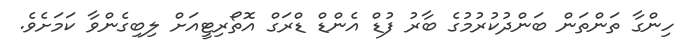
ހިންގާ ތަންތަން ބަންދުކުރުމުގެ ބާރު ފުޑް އެންޑް ޑްރަގް އޮތޯރިޓީއަށް ލިބިގެންވާ ކަމަށެވެ.